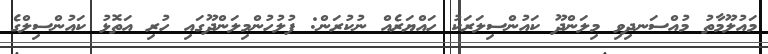
މައުލޫމާތު މުއްސަނދިވި މިލަންދޫ ކައުންސިލަރަކު ހައްޔަރެއް ނުކުރަން: ފުލުހުންމިލަންދޫގައި ހުރި އަތޮޅު ކައުންސިލްގެ